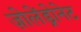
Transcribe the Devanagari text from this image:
ज़ोलेंड्रोनेट